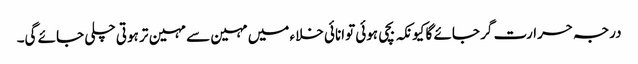
درجہ حرارت گر جائے گا کیونکہ بچی ہوئی توانائی خلاء میں مہین سے مہین تر ہوتی چلی جائے گی۔